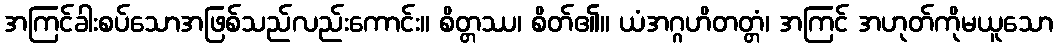
အကြင်ခါးစပ်သောအဖြစ်သည်လည်းကောင်း။ စိတ္တဿ၊ စိတ်၏။ ယံအဂ္ဂဟိတတ္တံ၊ အကြင် အဟုတ်ကိုမယူသော